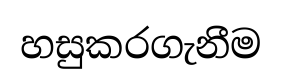
හසුකරගැනීම